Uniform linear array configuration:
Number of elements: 32
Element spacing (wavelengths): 0.75
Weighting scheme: uniform
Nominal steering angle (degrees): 15
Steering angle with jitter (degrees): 16.186
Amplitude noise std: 0.05
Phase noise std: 0.05

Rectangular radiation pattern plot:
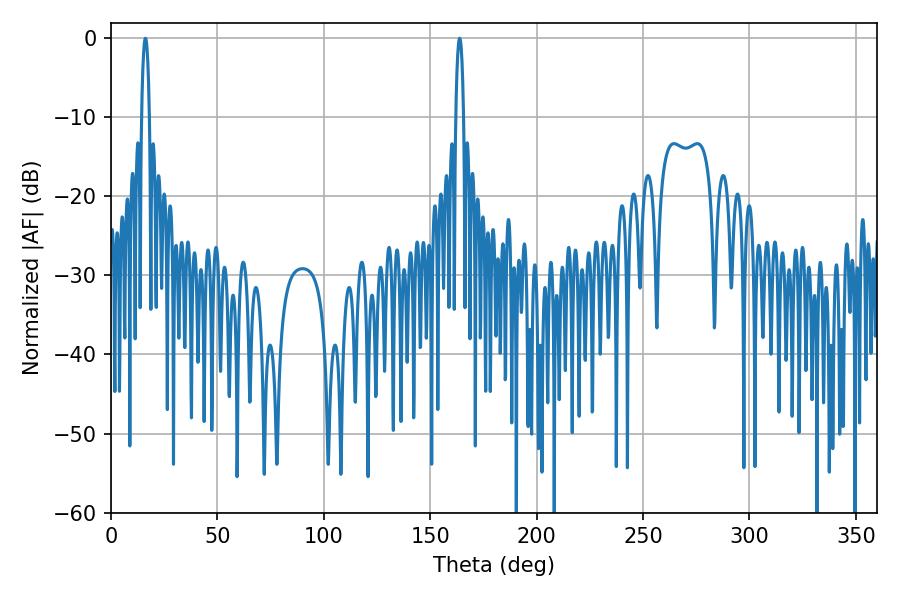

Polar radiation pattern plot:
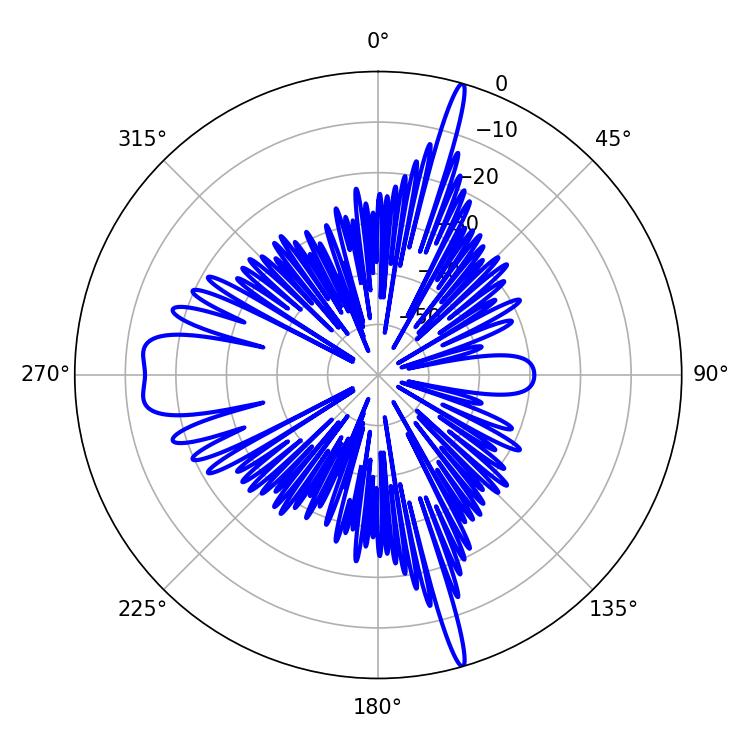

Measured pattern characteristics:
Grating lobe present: TRUE
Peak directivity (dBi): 26.503
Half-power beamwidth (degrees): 1.98
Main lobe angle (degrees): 163.8